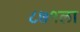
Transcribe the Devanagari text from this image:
८७१ला